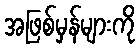
အဖြစ်မှန်များကို